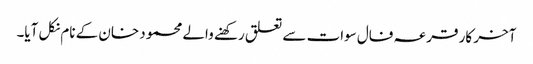
آخر کار قرعہ فال سوات سے تعلق رکھنے والے محمود خان کے نام نکل آیا۔